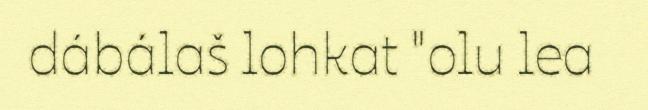
dábálaš lohkat "olu lea